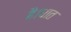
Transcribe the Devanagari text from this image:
है।धात